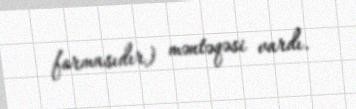
formasıdır) məntəqəsi vardı.